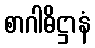
စာဂါဓိဋ္ဌာနံ